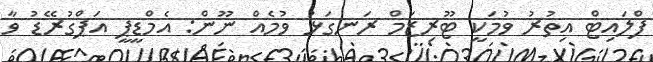
ފްލައިޓް އިތުރު ވުމަކީ ޓޫރިޒަމް ރަނގަޅު ވުމެއް ނޫން: އެމްޑީޕީ އަޕްގުރޭޑު ވާ